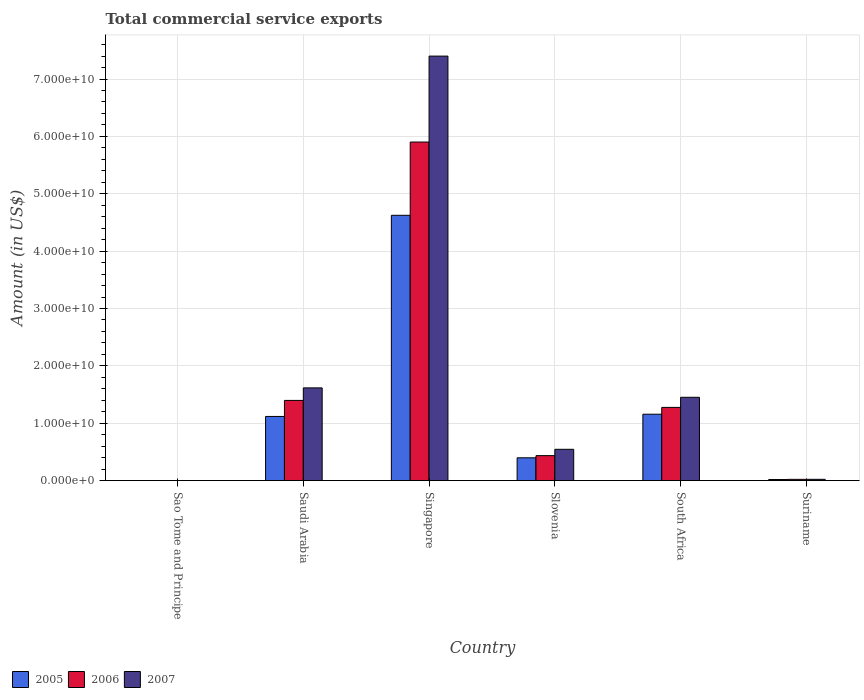
| Country | 2005 | 2006 | 2007 |
 | --- | --- | --- | --- |
 | Sao Tome and Principe | 8.86e+06 | 8.14e+06 | 6.43e+06 |
 | Saudi Arabia | 1.12e+10 | 1.4e+10 | 1.62e+10 |
 | Singapore | 4.62e+10 | 5.9e+10 | 7.4e+10 |
 | Slovenia | 3.97e+09 | 4.35e+09 | 5.45e+09 |
 | South Africa | 1.16e+10 | 1.28e+10 | 1.45e+10 |
 | Suriname | 1.83e+08 | 2.14e+08 | 2.19e+08 |